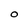
Character: o